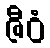
ဇီဝံ